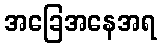
အခြေအနေအရ